Senior Leaving Certificate Examination (including Day School Certificate (Higher) General paper), 1950
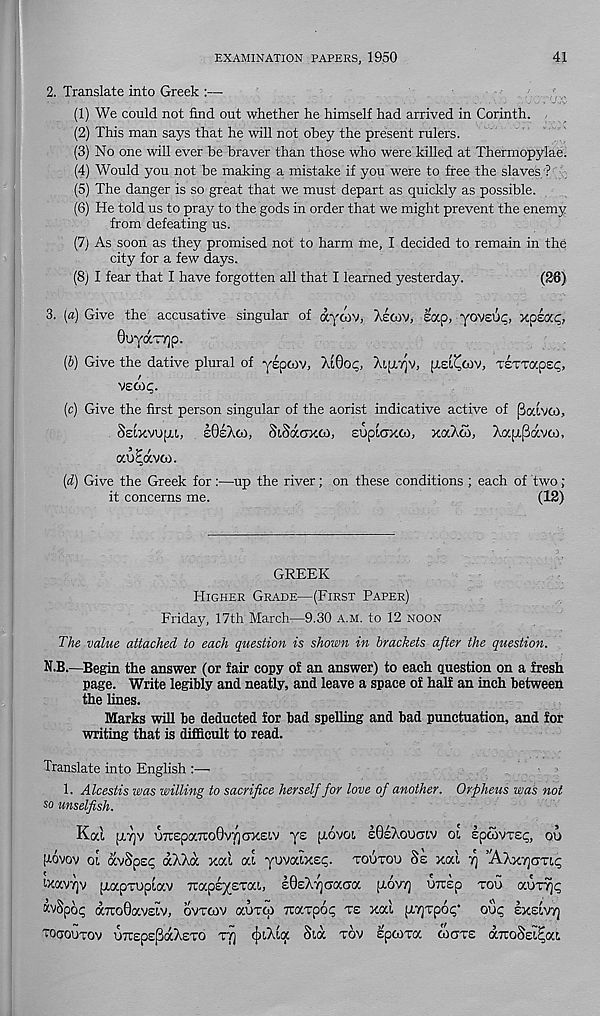
EXAMINATION PAPERS, 1950
41
2. Translate into Greek :—
(1) We could not find out whether he himself had arrived in Corinth.
(2) This man says that he will not obey the present rulers.
(3) No one will ever be braver than those who were killed at Thermopylae.
(4) Would you not be making a mistake if you were to free the slaves ?
(5) The danger is so great that we must depart as quickly as possible.
(6) He told us to pray to the gods in order that we might prevent the enemy
from defeating us.
(7) As soon as they promised not to harm me, I decided to remain in the
city for a few days.
(8) I fear that I have forgotten all that I learned yesterday.
(26)
3. (a) Give the accusative singular of aymv, Aemv, eap, yoveuc, xpsaq,
Ooyaryjp.
(b) Give the dative plural of yspwv, AtOop,
TSTTapsc,
vscop.
(c) Give the first person singular of the aorist indicative active of Pcavco,
SsLxvupu, sQzkoi, SiSixaxoi, evpioxco, xocAco, Aapi^ay to,
au^avco.
(d) Give the Greek for :—up the river; on these conditions ; each of two;
it concerns me.
(12)
GREEK
Higher Grade—(First Paper)
Friday, 17th March—9.30 a.m. to 12 noon
The value attached to each question is shown in brackets after the question.
N.B.—Begin the answer (or fair copy of an answer) to each question on a fresh
page. Write legibly and neatly, and leave a space of half an inch between
the lines.
Marks will be deducted for bad spelling and bad punctuation, and for
writing that is difficult to read.
Translate into English :—•
1. Alcestis was willing to sacrifice herself for love of another. Orpheus was not
so unselfish.
Kod [ATjV UTC£pa7TO0V7] OXELV y£ [lOVOl sQsXoUCtV 01 IpCOVTSp, oo
(tovov ol ccvSpsp dXXd xod cd yuvaixep. toutou Se xod tj ’'AXxtjijtu;
otavTjv [xapTuptav TrapsysTai, sOeX-yjoncaoc (xovyj UTrsp too aoxTjp
KvSpop aTToOaveiv, ovtoov auxco vtaxpop ts xal pnrjTpop* oup sxeivtj
Toaouxov uTtspsJBdXeTO tyj tJxXia Sid tov spcoxa cogte aTroSei^at